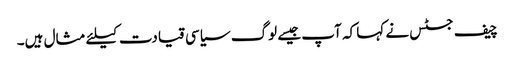
چیف جسٹس نے کہا کہ آپ جیسے لوگ سیاسی قیادت کیلئے مثال ہیں۔